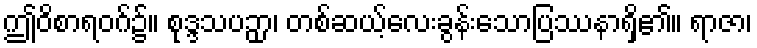
ဤဝိစာရဝဂ်၌။ စုဒ္ဒသပဉှာ၊ တစ်ဆယ့်လေးခွန်းသောပြဿနာရှိ၏။ ရာဇာ၊